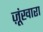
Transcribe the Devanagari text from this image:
ज़ूंखारा